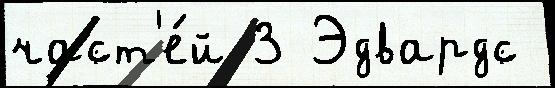
част'е́й 3 Эдвардс